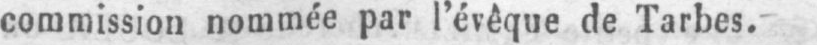
commission nommée par l’évêque de Tarbes.